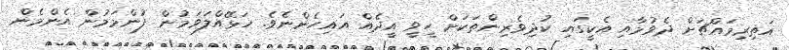
އަތިރިމައްޗަށް ދެވުމާއި އެކީގައި ކުދިވެރިންތަކަށް ހީވީ އީދެއް އައިހެންނެވެ. ހަޅޭއްލަވަމުން ފުންމަމުން އެންމެން